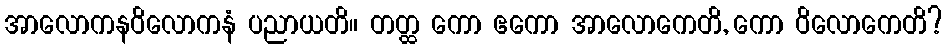
အာလောကနဝိလောကနံ ပညာယတိ။ တတ္ထ ကော ဧကော အာလောကေတိ, ကော ဝိလောကေတိ?